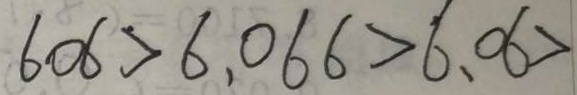
6 0 6 > 6 . 0 6 6 > 6 . 0 6 >